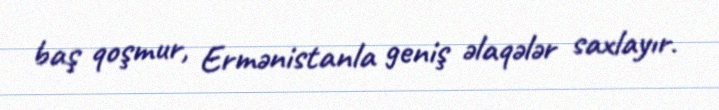
baş qoşmur, Ermənistanla geniş əlaqələr saxlayır.